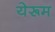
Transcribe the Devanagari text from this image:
येरूम